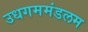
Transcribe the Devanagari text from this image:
उधगममंडलम